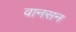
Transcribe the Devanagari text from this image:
वानसन